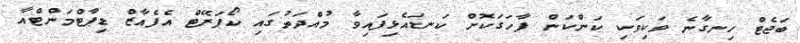
ބަޖެޓް ހިނގާނެ ވަކިވަކި ކަންކަން ފާހަގަކޮށް ކަނޑައެޅިފައިވާ މުއްދަތުގައި ކޯޕަރޭޓް އެފެއާޒް ޑިޕާޓްމަންޓްއާ